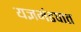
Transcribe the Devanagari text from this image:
यज्ञमंडपात